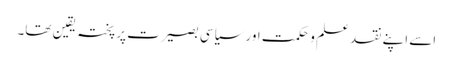
اسے اپنے نقد علم و حکمت اور سیاسی بصیرت پر پختہ یقین تھا۔